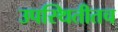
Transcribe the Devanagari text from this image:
उपस्थितीतच